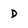
Character: D